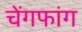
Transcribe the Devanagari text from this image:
चेंगफांग